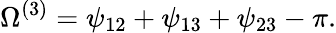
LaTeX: \Omega^{(3)}=\psi_{12}+\psi_{13}+\psi_{23}-\pi.